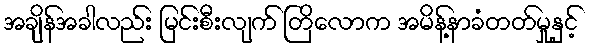
အချိန်အခါလည်း မြင်းစီးလျက် တြိလောက အမိန့်နာခံတတ်မှုနှင့်